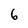
Character: 6